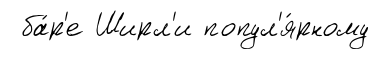
ба́р'е Ширл'и попул'я́рному